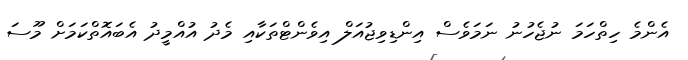
އެންމެ ހިތްހަމަ ނުޖެހުނު ނަމަވެސް އިންޑިވިޖުއަލް އިވެންޓްތަކާއި މެދު އުއްމީދު އެބައޮތްކަމަށް މޫސަ